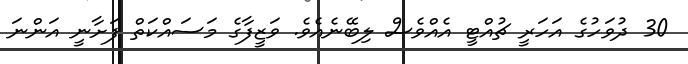
30 ދުވަހުގެ އަހަރީ ޗުއްޓީ އެއްވެސް ލިބޭނެއެވެ. ވަޒީފާގެ މަސައްކަތް ފަށާނީ އަންނަ